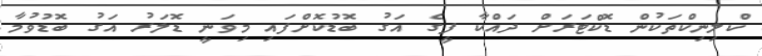
ކްލިނިކްތަކުން ޑޮކްޓަރަށް ދައްކާ ފީގެ އަގު ބޮޑުކޮށްފައި މިވަނީ ޑޮލަރު އަގު ބޮޑުވުމާ